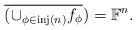
LaTeX: \begin{align*}\overline{(\cup_{\phi\in\operatorname{inj}(n)}f_\phi})=\mathbb F^n.\end{align*}